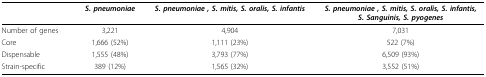
|  | S. pneumoniae | S. pneumoniae , S. mitis, S. oralis, S. infantis | S. pneumoniae , S. mitis, S. oralis, S. infantis, S. Sanguinis, S. pyogenes |
 | --- | --- | --- | --- |
 | Number of genes | 3,221 | 4,904 | 7,031 |
 | Core | 1,666 (52%) | 1,111 (23%) | 522 (7%) |
 | Dispensable | 1,555 (48%) | 3,793 (77%) | 6,509 (93%) |
 | Strain-specific | 389 (12%) | 1,565 (32%) | 3,552 (51%) |